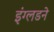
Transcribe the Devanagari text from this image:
इंग्लडने